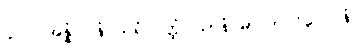
၄၂၂။ အန္နံ ပါနံ ဃရံ ဝတ္ထံ၊ ယာနံ မာလာ ဝိလေပနံ။